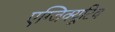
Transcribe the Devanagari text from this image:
एग्जिक्यूटिव